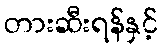
တားဆီးရန်နှင့်